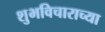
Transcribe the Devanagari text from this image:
शुभविचाराच्या